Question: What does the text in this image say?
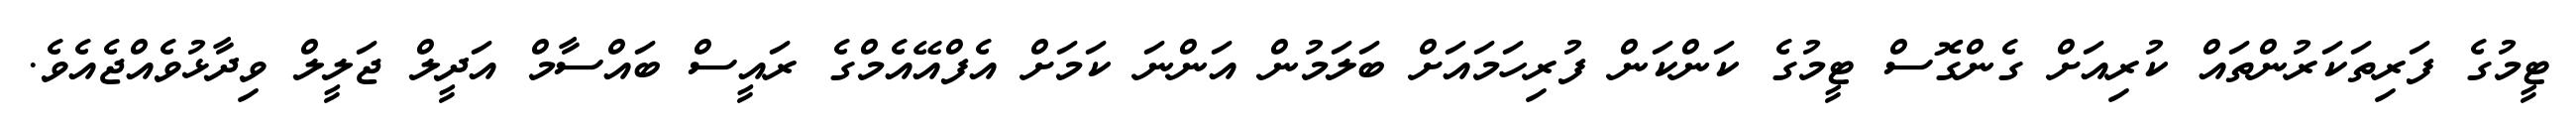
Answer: ޓީމުގެ ފަރިތަކަރުންތައް ކުރިއަށް ގެންގޮސް ޓީމުގެ ކަންކަން ފުރިހަމައަށް ބަލަމުން އަންނަ ކަމަށް އެފްއޭއެމްގެ ރައީސް ބައްސާމް އަދީލް ޖަލީލް ވިދާޅުވެއްޖެއެވެ.